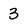
Character: 3